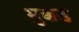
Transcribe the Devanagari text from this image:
भुक्कड़